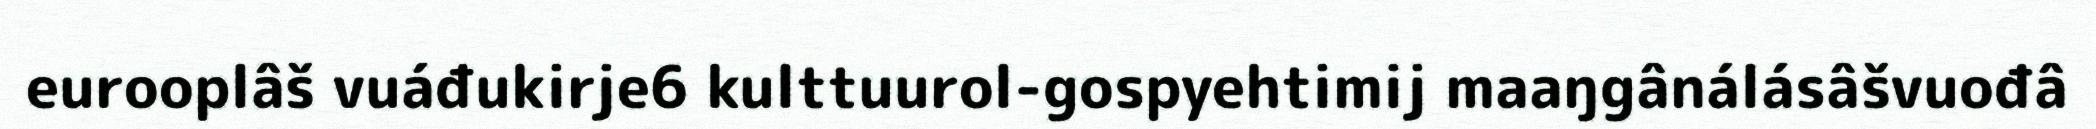
eurooplâš vuáđukirje6 kulttuurol-gospyehtimij maaŋgânálásâšvuođâ